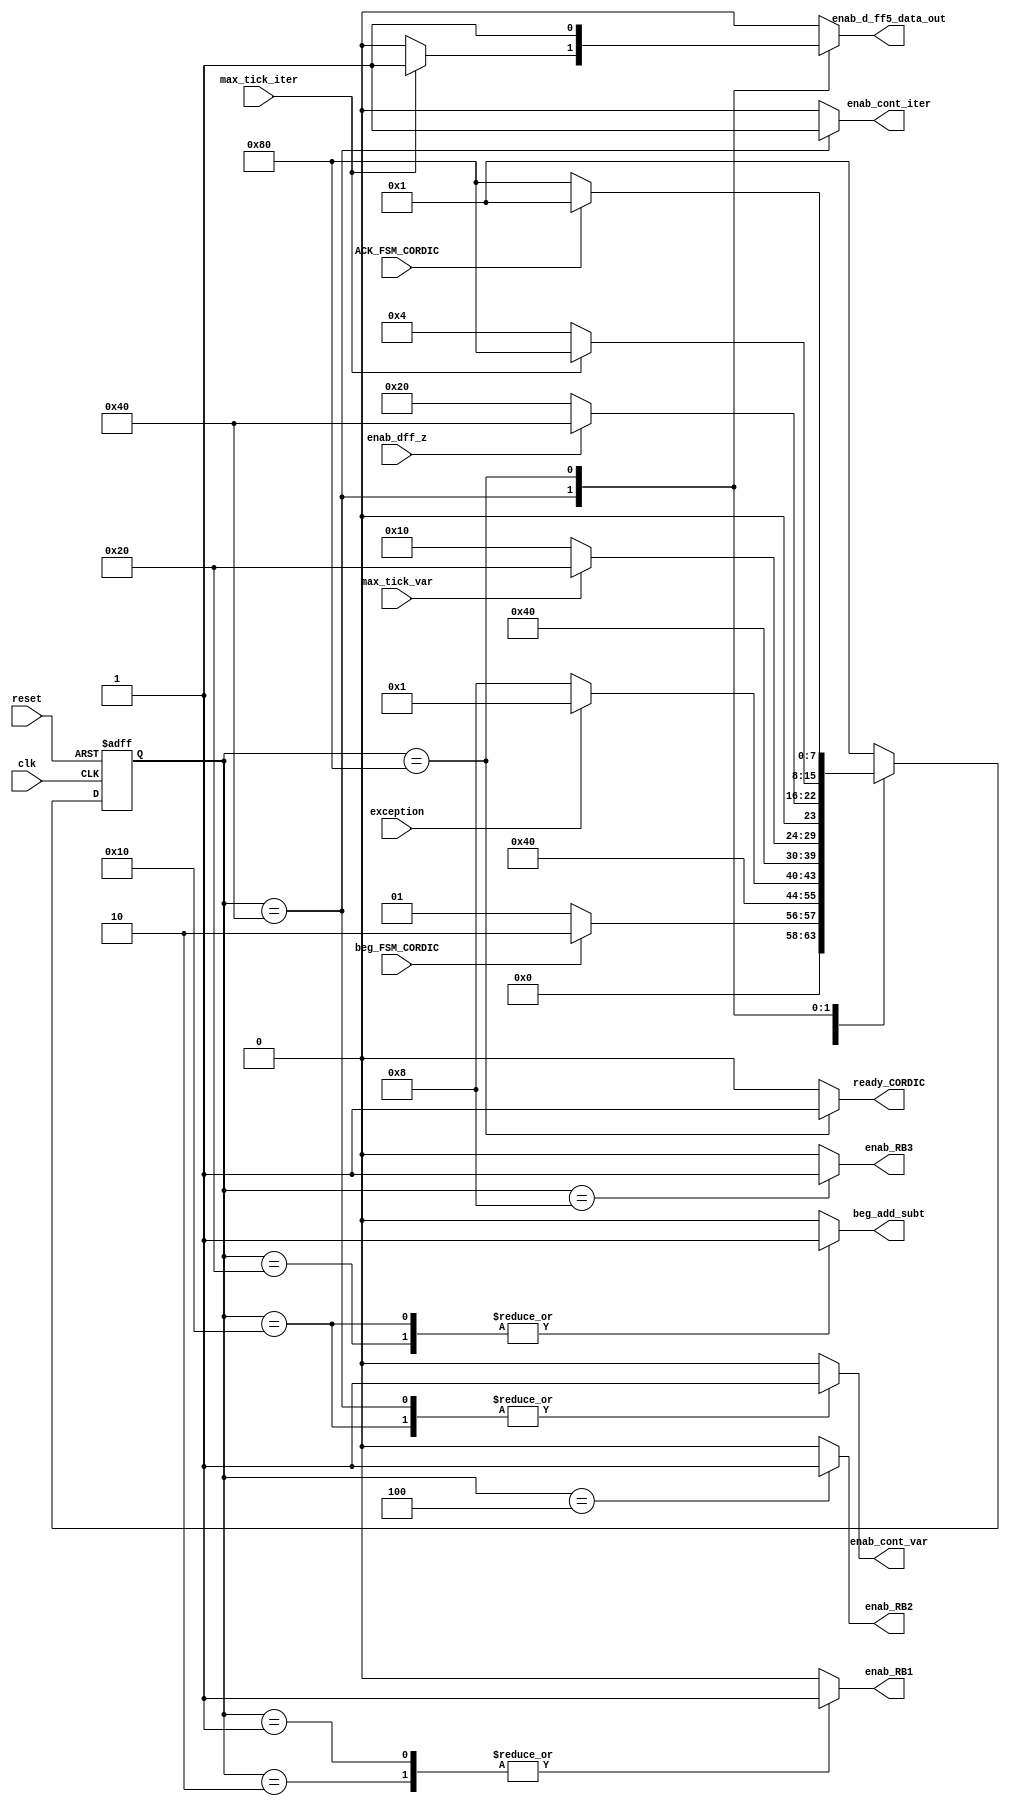
module CORDIC_FSM_v3_1
(
  input wire clk,											
  input wire reset,										
  input wire beg_FSM_CORDIC,								
  input wire ACK_FSM_CORDIC,								
  input wire exception,
  input wire max_tick_iter, 			
  input wire max_tick_var, 				
  input wire enab_dff_z,
  output reg ready_CORDIC,								
  output reg beg_add_subt,								
  output reg enab_cont_iter,				
  output reg enab_cont_var,				
  output reg enab_RB1, enab_RB2, enab_RB3,
  output reg enab_d_ff5_data_out
);
     parameter est0 = 8'b00000001;
     parameter est1 = 8'b00000010;
     parameter est2 = 8'b00000100;
     parameter est3 = 8'b00001000;
     parameter est4 = 8'b00010000;
     parameter est5 = 8'b00100000;
     parameter est6 = 8'b01000000;
     parameter est7 = 8'b10000000;
reg [7:0] state_reg, state_next;	
always @( posedge clk, posedge reset)
    begin
        if(reset)	
            state_reg <= est0;
        else		
            state_reg <= state_next;
    end
always @*
    begin
    state_next = state_reg; 
    enab_RB1 = 0;
    enab_RB2 = 0;
    enab_RB3 = 0;
    enab_cont_var  = 0;
    enab_cont_iter = 0;
    enab_d_ff5_data_out = 0;
    ready_CORDIC = 0;
    beg_add_subt = 0;
    case(state_reg)
    est0:
    begin
      enab_RB1 = 1'b1;
      if(beg_FSM_CORDIC) begin
        state_next = est1;
      end else begin
        state_next = est0;
      end
    end
		est1:
		begin
      enab_RB1 = 1'b1;
			state_next = est2;
		end
    est2:
    begin
      enab_RB2 = 1'b1;
			if(exception) begin
				state_next = est0;
			end else begin
				state_next = est3;
      end
    end
    est3:
    begin
      enab_RB3 = 1'b1;
			state_next = est4;
    end
    est4:
    begin
      enab_cont_var = 1'b1; 
      beg_add_subt = 1'b1;
      if (max_tick_var) begin
        state_next = est5;
      end else begin
        state_next = est4;
      end
    end
    est5:
    begin
      beg_add_subt = 1'b1;
      if (enab_dff_z) begin
        state_next = est6;
      end else begin
        state_next = est5;
      end
    end
    est6:
    begin
      enab_cont_iter = 1'b1; 
      enab_cont_var = 1'b1; 
      if (max_tick_iter) begin
        state_next = est7; 
        enab_d_ff5_data_out = 1;
      end else begin
        state_next = est2; 
      end
    end
    est7:
    begin
      ready_CORDIC = 1'b1;
      enab_d_ff5_data_out = 1'b1;
      if(ACK_FSM_CORDIC) begin
        state_next = est0;
      end else begin
        state_next = est7;
      end
    end
    default :
      begin
        state_next = est0;
      end
    endcase
  end
endmodule